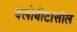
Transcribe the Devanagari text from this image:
क्लोबीटासोल